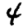
Digit: 4